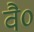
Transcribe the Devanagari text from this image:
वै०